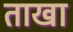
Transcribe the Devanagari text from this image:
ताखा